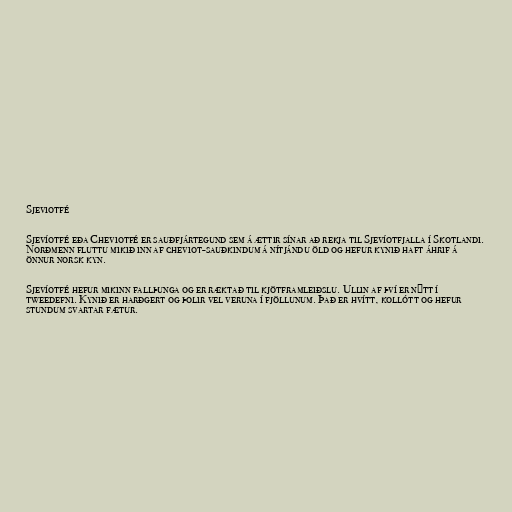
Sjeviotfé

Sjevíotfé eða Cheviotfé er sauðfjártegund sem á ættir sínar að rekja til Sjevíotfjalla í Skotlandi.
Norðmenn fluttu mikið inn af cheviot-sauðkindum á nítjándu öld og hefur kynið haft áhrif á
önnur norsk kyn.

Sjevíotfé hefur mikinn fallþunga og er ræktað til kjötframleiðslu. Ullin af því er nýtt í
tweedefni. Kynið er harðgert og þolir vel veruna í fjöllunum. Það er hvítt, kollótt og hefur
stundum svartar fætur.